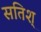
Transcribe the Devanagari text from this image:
सतिश्